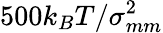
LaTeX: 500k_{B}T/\sigma_{mm}^{2}